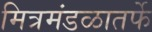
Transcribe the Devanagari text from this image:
मित्रमंडळातर्फे